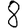
Digit: 8